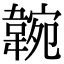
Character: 𩎺